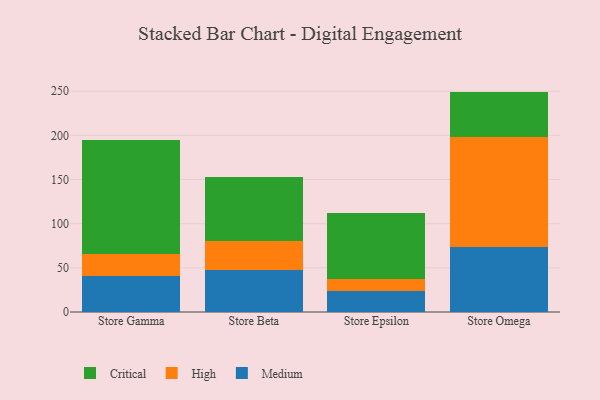
{"axis": {"x": "Store", "y": "Energy Usage (MWh)"}, "legend": ["Critical", "High", "Medium"], "data": [{"x": "Store Gamma", "y": 40.8, "type": "Medium"}, {"x": "Store Gamma", "y": 24.8, "type": "High"}, {"x": "Store Gamma", "y": 129.6, "type": "Critical"}, {"x": "Store Beta", "y": 48.0, "type": "Medium"}, {"x": "Store Beta", "y": 32.8, "type": "High"}, {"x": "Store Beta", "y": 72.5, "type": "Critical"}, {"x": "Store Epsilon", "y": 23.6, "type": "Medium"}, {"x": "Store Epsilon", "y": 14.0, "type": "High"}, {"x": "Store Epsilon", "y": 74.5, "type": "Critical"}, {"x": "Store Omega", "y": 73.5, "type": "Medium"}, {"x": "Store Omega", "y": 124.9, "type": "High"}, {"x": "Store Omega", "y": 51.1, "type": "Critical"}]}